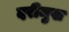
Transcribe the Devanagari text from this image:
दरीमुख